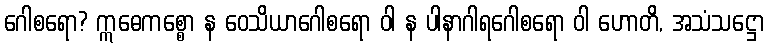
ဂေါစရော? ဣဓေကစ္စော န ဝေသိယာဂေါစရော ဝါ န ပါနာဂါရဂေါစရော ဝါ ဟောတိ, အသံသဋ္ဌော